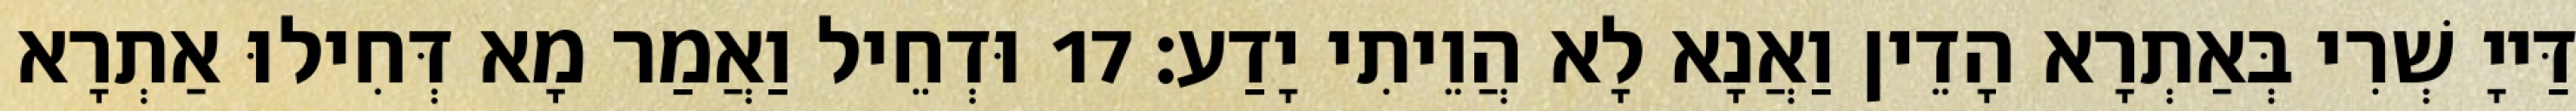
דַּייָ שְׁרִי בְּאַתְרָא הָדֵין וַאֲנָא לָא הֲוֵיתִי יָדַע׃ 17 וּדְחֵיל וַאֲמַר מָא דְּחִילוּ אַתְרָא